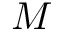
M